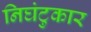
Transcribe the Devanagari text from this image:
निघंटुकार